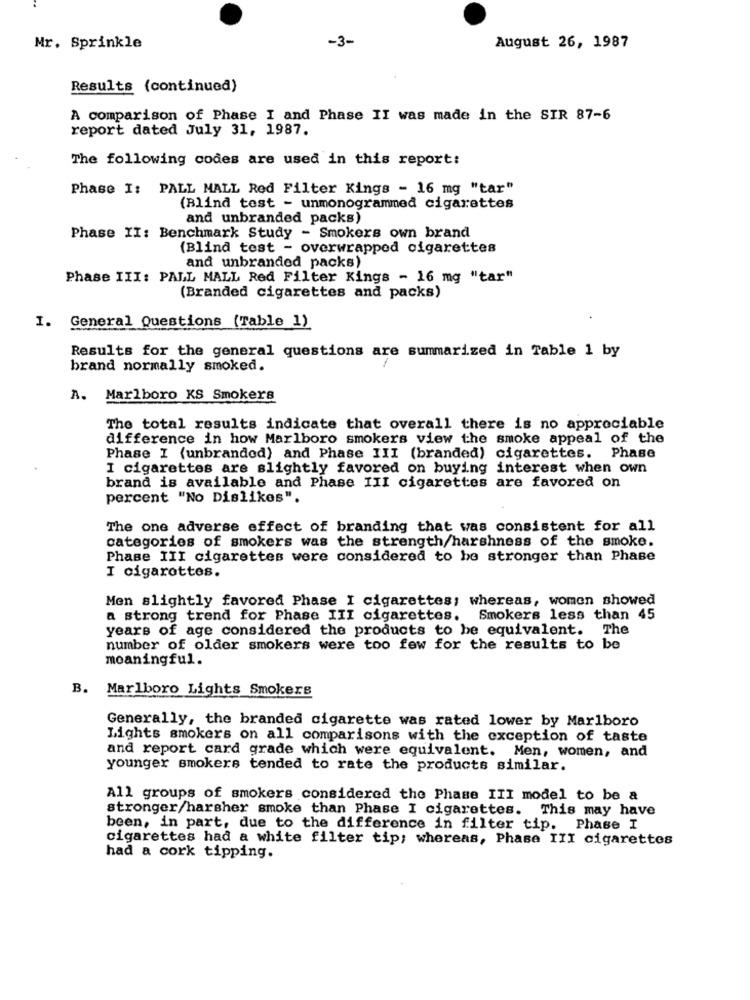
-3-
Mr. Sprinkle
August 26, 1987
Results (continued)
A comparison of Phase I and Phase II was made in the SIR 87-6
report dated July 31, 1987.
The following codes are used in this report:
Phase I: PALL MALL Red Filter Kings - 16 mg "tar"
(Blind test - unmonogrammed cigarettes
and unbranded packs)
Phase II: Benchmark Study - Smokers own brand
(Blind test - overwrapped cigarettes
and unbranded packs)
Phase III: PALL MALL Red Filter Kings - 16 mg "tar"
(Branded cigarettes and packs)
I. General Questions (Table 1)
Results for the general questions are summarized in Table 1 by
brand normally smoked.
A. Marlboro KS Smokers
The total results indicate that overall there is no appreciable
difference in how Marlboro smokers view the smoke appeal of the
Phase I (unbranded) and Phase III (branded) cigarettes. Phase
I cigarettes are slightly favored on buying interest when own
brand is available and Phase III cigarettes are favored on
percent "No Dislikes".
The one adverse effect of branding that was consistent for all
categories of smokers was the strength/harshness of the smoke.
Phase III cigarettes were considered to be stronger than Phase
I cigarettes.
Men slightly favored Phase I cigarettes; whereas, women showed
a strong trend for Phase III cigarettes.
Smokers less than 45
years of age considered the products to be equivalent. The
number of older smokers were too few for the results to be
meaningful.
B. Marlboro Lights Smokers
Generally, the branded cigarette was rated lower by Marlboro
Lights smokers on all comparisons with the exception of taste
and report card grade which were equivalent. Men, women, and
younger smokers tended to rate the products similar.
All groups of smokers considered the Phase III model to be a
stronger/harsher smoke than Phase I cigarettes. This may have
been, in part, due to the difference in filter tip. Phase I
cigarettes had a white filter tip; whereas, Phase III cigarettes
had a cork tipping.